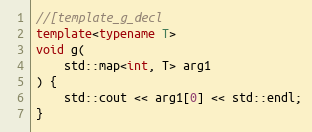
Language: C++
//[template_g_decl
template<typename T>
void g(
    std::map<int, T> arg1
) {
    std::cout << arg1[0] << std::endl;
}